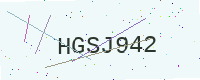
Text: HGSJ942